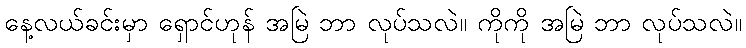
နေ့လယ်ခင်းမှာ ရှောင်ဟုန် အမြဲ ဘာ လုပ်သလဲ။ ကိုကို အမြဲ ဘာ လုပ်သလဲ။